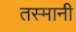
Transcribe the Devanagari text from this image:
तस्मानी